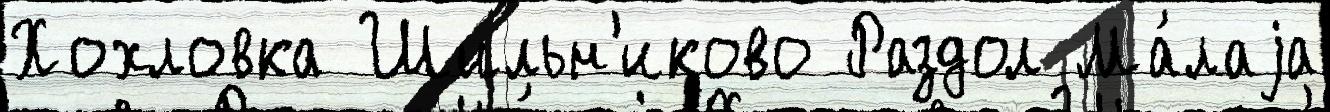
Хохловка Шильн'иково Раздол Ма́лаjа